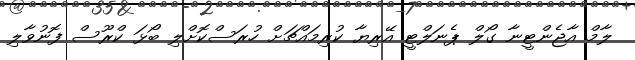
ލާމް އާޖެންޓީނާ ގޯލް ޕެނަލްޓީ އޭރިޔާ ކުރިމައްޗަށް ހުރަސްކޮށްލި ބޯޅަ ކްރޫސް ފޮނުވާލި